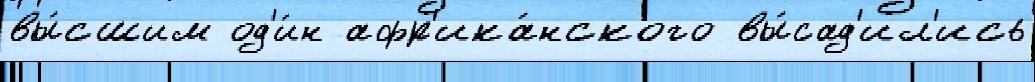
вы́сшим од'и́н афр'ика́нского вы́сад'ил'ись